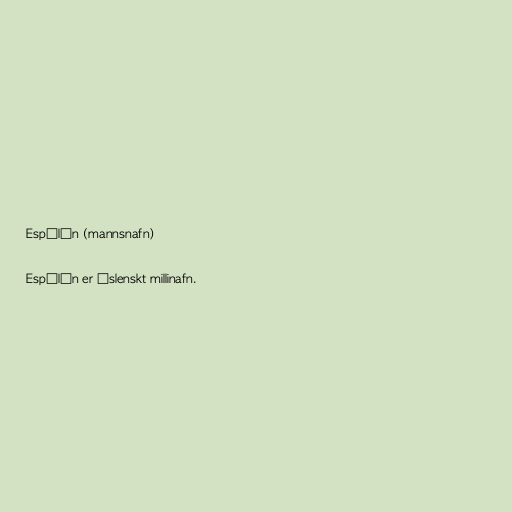
Espólín (mannsnafn)

Espólín er íslenskt millinafn.